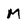
Character: M